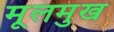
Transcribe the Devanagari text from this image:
मूलमुख